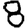
Digit: 8